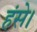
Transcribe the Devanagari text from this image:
हंसे।